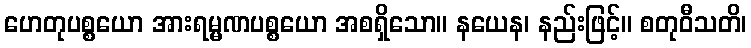
ဟေတုပစ္စယော အားရမ္မဏပစ္စယော အစရှိသော။ နယေန၊ နည်းဖြင့်။ စတုဝီသတိ၊